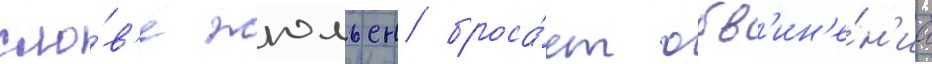
сло́в'е жюльен броса́ет обв'ин'е́н'иа